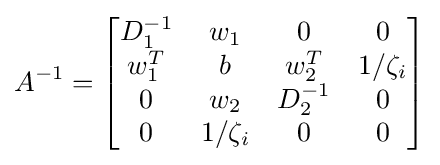
A^{-1}={\begin{bmatrix}D_{1}^{-1}&w_{1}&0&0\\w_{1}^{T}&b&w_{2}^{T}&1/\zeta _{i}\\0&w_{2}&D_{2}^{-1}&0\\0&1/\zeta _{i}&0&0\end{bmatrix}}